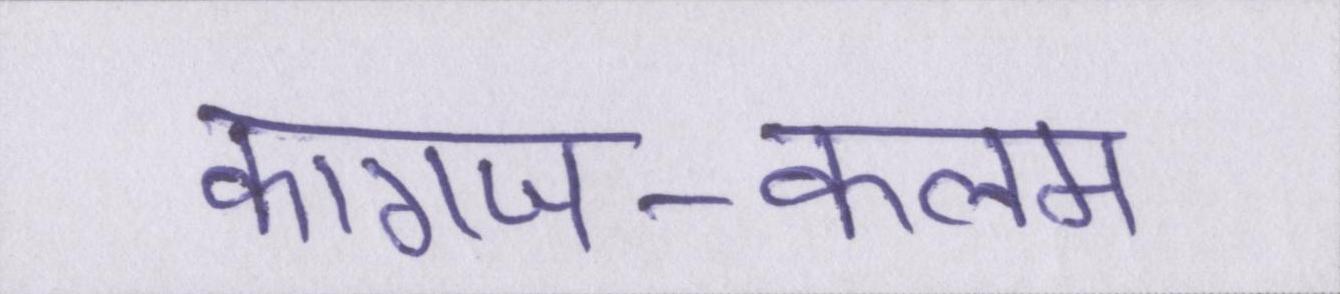
कागज-कलम